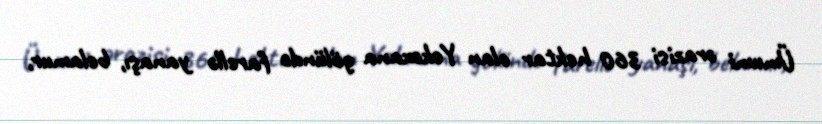
Ümumi ərazisi 360 hektar olan Yekəxana gölündə farellə yanaşı, belamur,